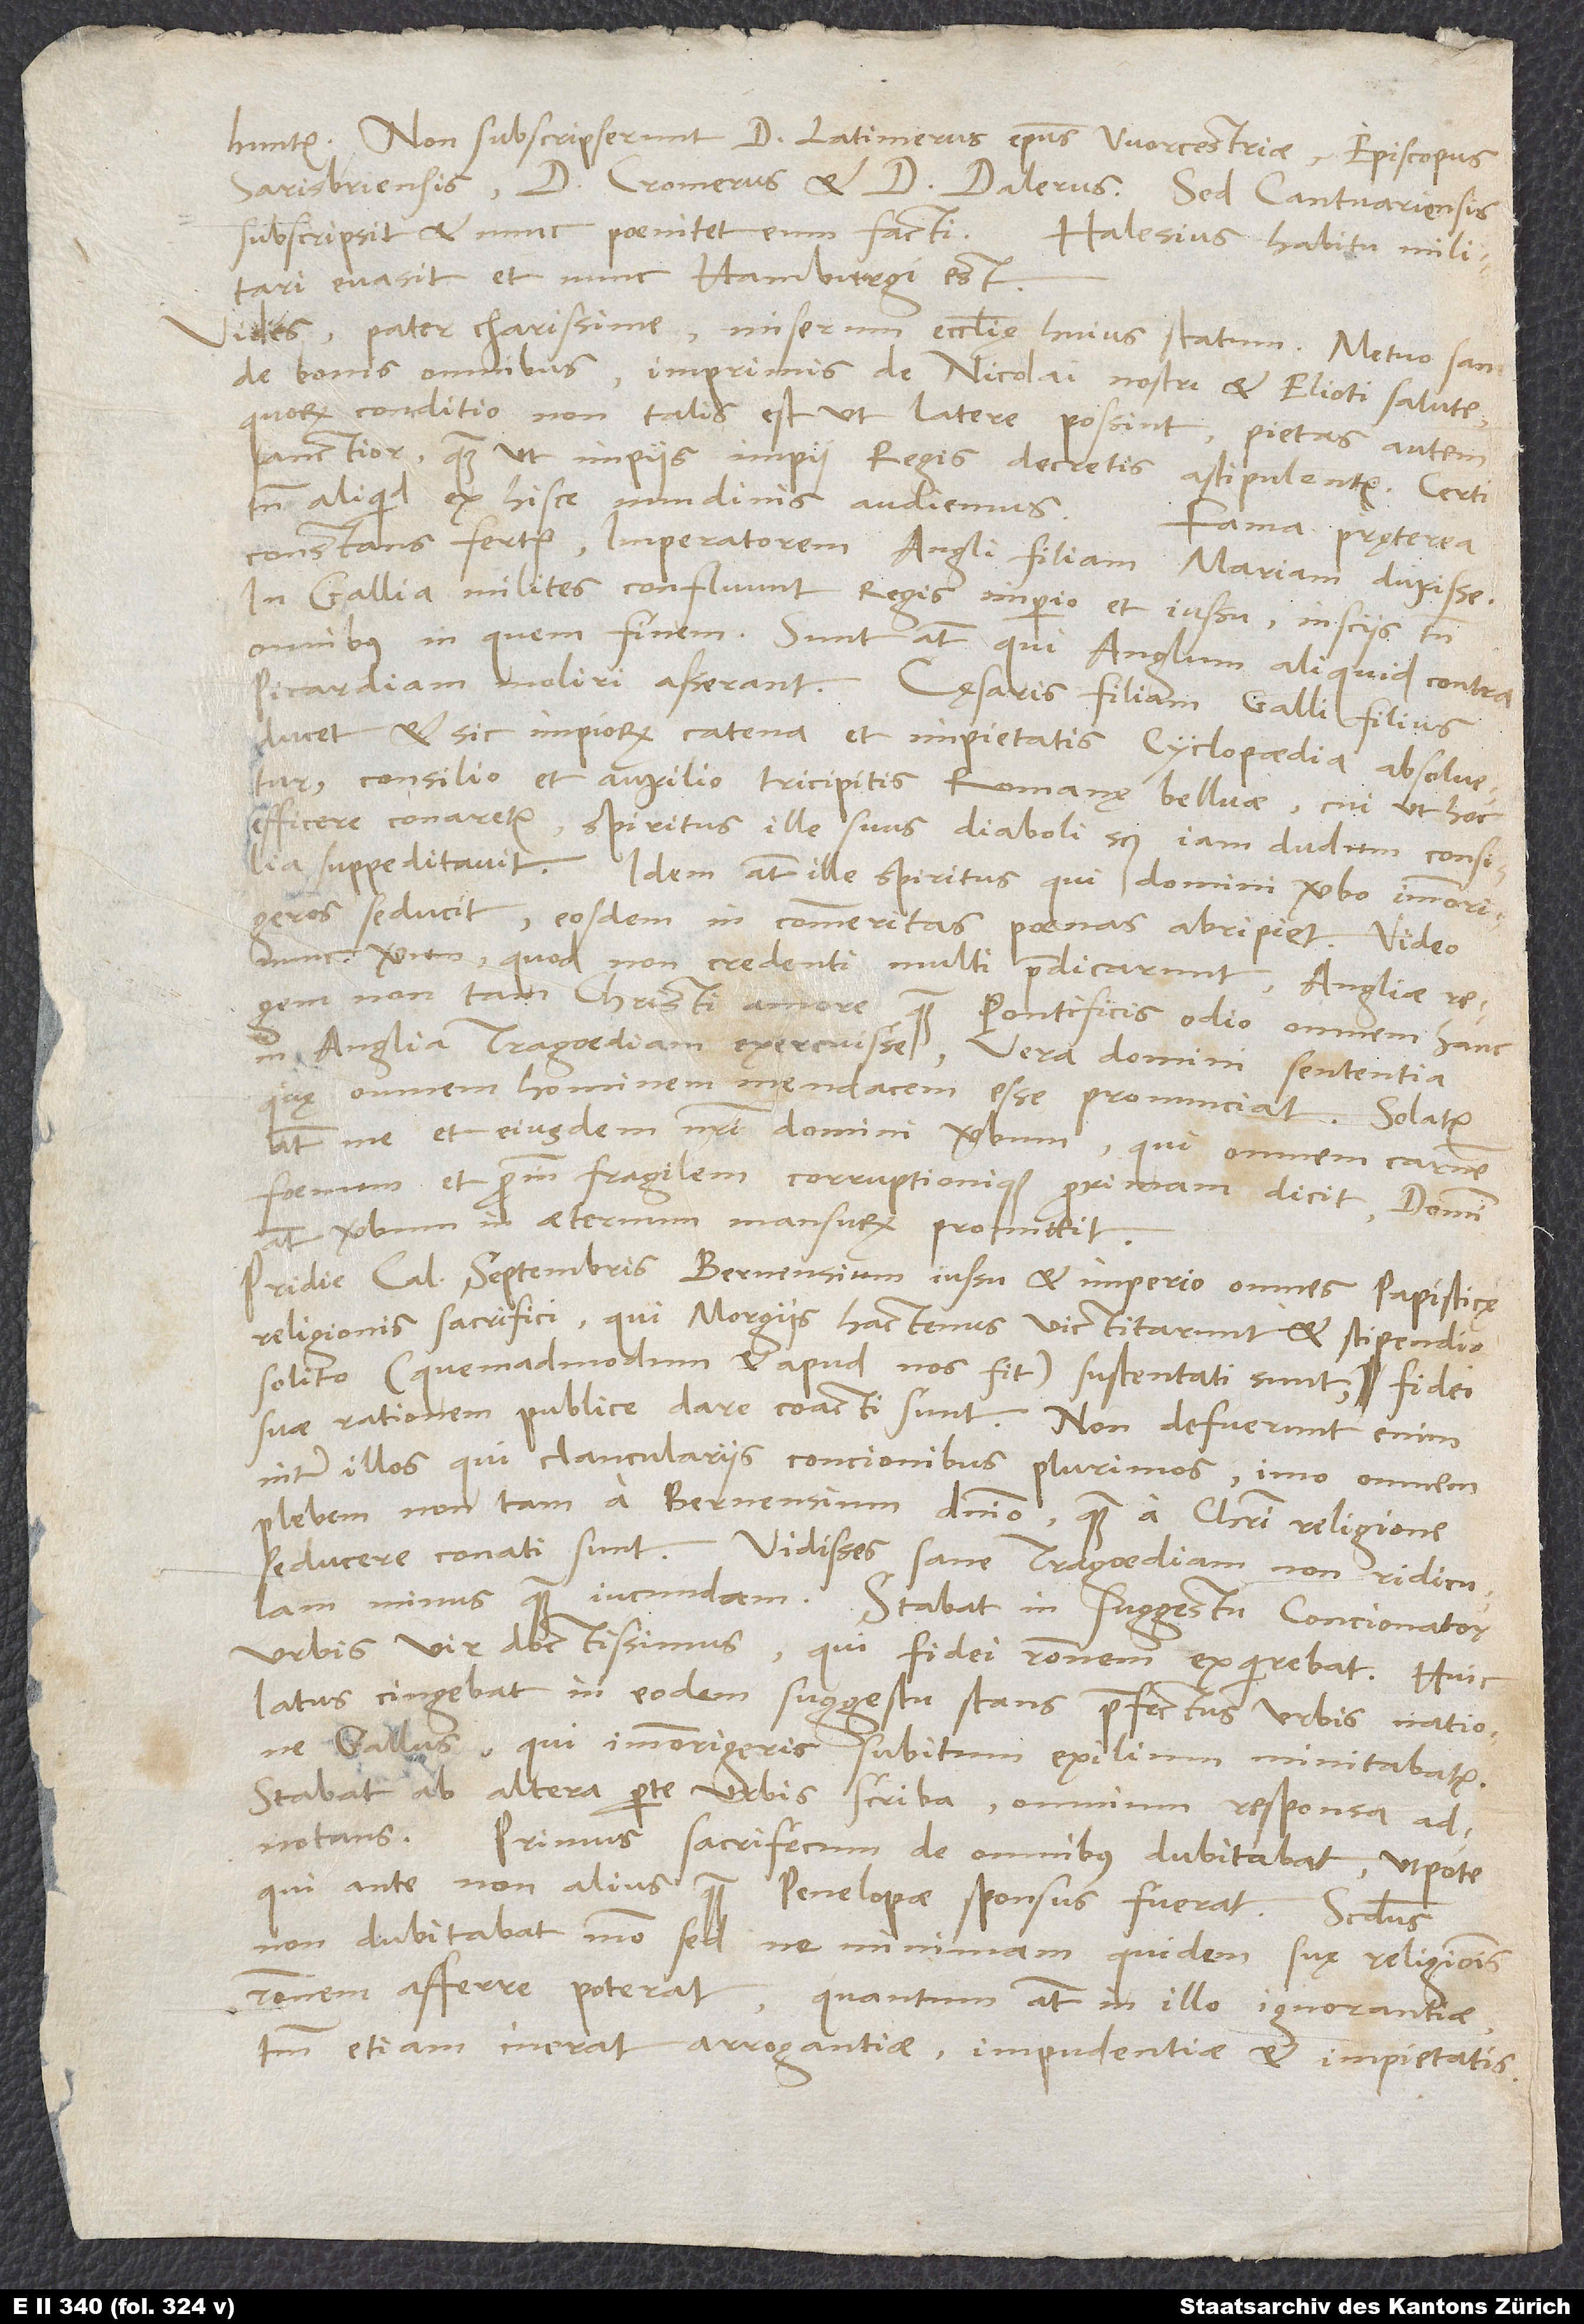
untur. Non subscripserunt d. Latimerus, episcopus Worcestriae, episcopus
Sarisbriensis, d. Cromerus et d. Dalerus; sed Cantuariensis
subscripsit, et nunc poenitet eum facti. Halesius habitu militari
evasit et nunc Hamburgi est.
Vides, pater charissime, miserum ecclesię huius statum. Metuo sane
de bonis omnibus, imprimis de Nicolai nostri et Elioti salute,
quorum conditio non talis est, ut latere possint, pietas autem
sanctior, quam ut impiis impii regis decretis astipulentur. Certi
constans fertur imperatorem Angli filiam Mariam duxisse.
In Gallia milites confluunt regis imperio et iussu, insciis tamen
omnibus in quem finem. Sunt autem, qui Anglum aliquid contra
Picardiam moliri asserant. Cęsaris filiam Galli filius
ducet, et sic impiorum catena et impietatis cyclopaedia absolvetur
consilio et auxilio tricipitis Romanę belluae, cui, ut hoc
efficere conaretur, spiritus ille suus, diaboli scilicet, iam dudum consilia
suppeditavit. Idem autem ille spiritus, qui domini verbo immorigeros
seducit, eosdem in commeritas poenas abripiet. Video
nunc verum, quod non credenti multi praedicarunt, Angliae
non tam Christi amore quam pontificis odio omnem hanc
quę omnem hominem mendacem esse pronunciat. Solatur
me et eiusdem nostri domini verbum, qui omnem carnem
foenum et proinde fragilem corruptionique proximam dicit, domini
autem verbum in aeternum mansurum promittit.
Pridie cal septembris Bernensium iussu et imperio omnes papisticę
religionis sacrifici, qui Morgiis hactenus victitarunt et stipendio
solito (quemadmodum et apud nos fit) sustentati sunt, fidei
suae rationem publice dare coacti sunt. Non defuerunt enim
inter illos, qui clanculariis concionibus plurimos, imo omnem
plebem non tam a Bernensium dominio quam a Christi religione
seducere conati sunt. Vidisses sane tragoediam non ridiculam
minus quam iucundam. Stabat in suggestu concionator
urbis, vir doctissimus, qui fidei rationem exquirebat. Huic
latus cingebat in eodem suggestu stans praefectus urbis natione
Gallus, qui immorigeris subitum exilium minitabatur.
Stabat ab altera parte urbis scriba omnium responsa
adnotans. Primus sacrifecum de omnibus dubitabat, utpote
qui ante non alius quam Penelopae sponsus fuerat. Secundus
non dubitabat modo, sed ne minimam quidem suę religionis
rationem afferre poterat; quantum autem in illo ignorantiae,
tantum etiam inerat arrogantiae, impudentiae et impietatis.